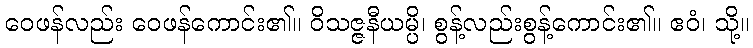
ဝေဖန်လည်း ဝေဖန်ကောင်း၏။ ဝိသဇ္ဇနီယမ္ပိ၊ စွန့်လည်းစွန့်ကောင်း၏။ ဧဝံ၊ သို့။